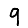
Digit: 9